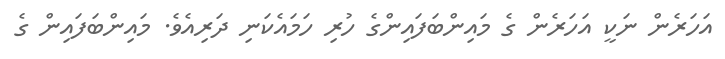
އަހަރެން ނަކީ އަހަރެން ގެ މައިންބަފައިންގެ ހުރި ހަމައެކަނި ދަރިއެވެ. މައިންބަފައިން ގެ